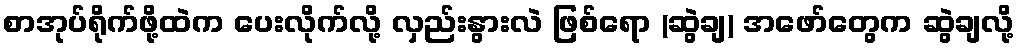
စာအုပ်ရိုက်ဖို့ထဲက ပေးလိုက်လို့ လှည်းနွားလဲ ဖြစ်ရော (ဆွဲချ) အဖော်တွေက ဆွဲချလို့